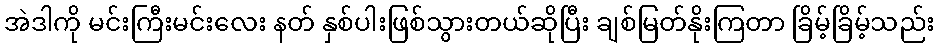
အဲဒါကို မင်းကြီးမင်းလေး နတ် နှစ်ပါးဖြစ်သွားတယ်ဆိုပြီး ချစ်မြတ်နိုးကြတာ ခြိမ့်ခြိမ့်သည်း